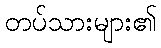
တပ်သားများ၏